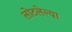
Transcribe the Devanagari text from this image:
लोटलेल्या